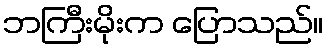
ဘကြီးမိုးက ပြောသည်။